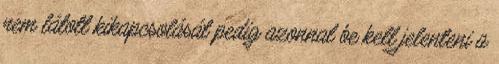
nem látott kikapcsolását pedig azonnal be kell jelenteni a